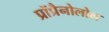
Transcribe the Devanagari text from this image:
प्रॉप्रैनोलोल